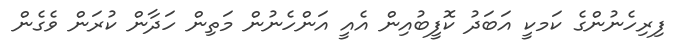
ފިރިހެނުންގެ ކަަމކީ އަބަދު ކޮފީބުއިން އެއީ އަންހެނުން މަތިން ހަދާން ކުރަން ވެގެން